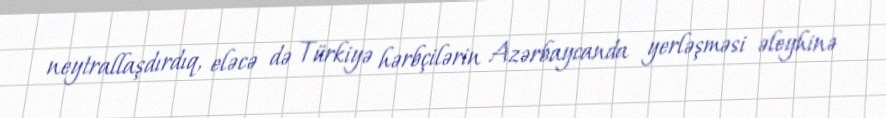
neytrallaşdırdıq, eləcə də Türkiyə hərbçilərin Azərbaycanda yerləşməsi əleyhinə